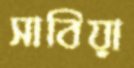
সাবিয়া